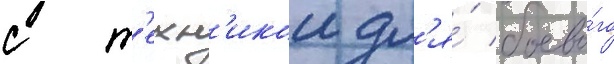
с т'ехн'икои дл'я́ боево́го